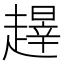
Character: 𬦝